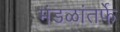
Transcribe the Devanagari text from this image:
मंडळांतर्फे